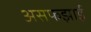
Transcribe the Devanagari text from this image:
असफझाई